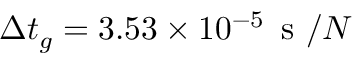
\Delta t _ { g } = 3 . 5 3 \times 1 0 ^ { - 5 } \, \mathrm { ~ s ~ } / N